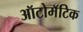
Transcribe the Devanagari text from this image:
ऑटोमॅटिक